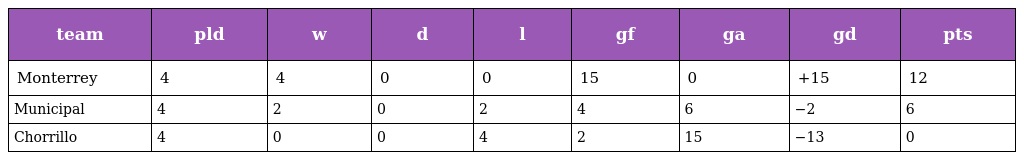
| team | pld | w | d | l | gf | ga | gd | pts |
 | --- | --- | --- | --- | --- | --- | --- | --- | --- |
 | Monterrey | 4 | 4 | 0 | 0 | 15 | 0 | +15 | 12 |
 | Municipal | 4 | 2 | 0 | 2 | 4 | 6 | −2 | 6 |
 | Chorrillo | 4 | 0 | 0 | 4 | 2 | 15 | −13 | 0 |